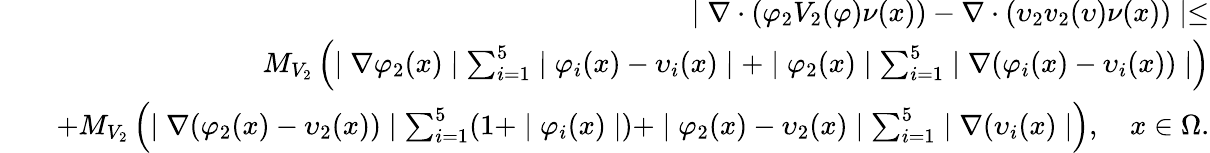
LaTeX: \begin{array}{rlr}&{}&{\mid\nabla\cdot(\varphi_{2}V_{2}(\varphi)\nu(x))-\nabla\cdot(\upsilon_{2}v_{2}(\upsilon)\nu(x))\mid\leq}\\ &{}&{M_{V_{2}}\left(\mid\nabla\varphi_{2}(x)\mid\sum_{i=1}^{5}\mid\varphi_{i}(x)-\upsilon_{i}(x)\mid+\mid\varphi_{2}(x)\mid\sum_{i=1}^{5}\mid\nabla(\varphi_{i}(x)-\upsilon_{i}(x))\mid\right)}\\ &{}&{+M_{V_{2}}\left(\mid\nabla(\varphi_{2}(x)-\upsilon_{2}(x))\mid\sum_{i=1}^{5}(1+\mid\varphi_{i}(x)\mid)+\mid\varphi_{2}(x)-\upsilon_{2}(x)\mid\sum_{i=1}^{5}\mid\nabla(\upsilon_{i}(x)\mid\right),\quad x\in\Omega.}\end{array}